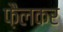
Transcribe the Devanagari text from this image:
फ़ैलकर